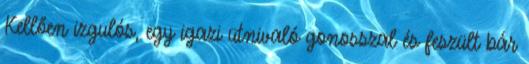
Kellően izgulós, egy igazi ütnivaló gonosszal és feszült bár